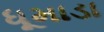
ધૂમાડા